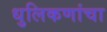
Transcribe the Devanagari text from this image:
धुलिकणांचा